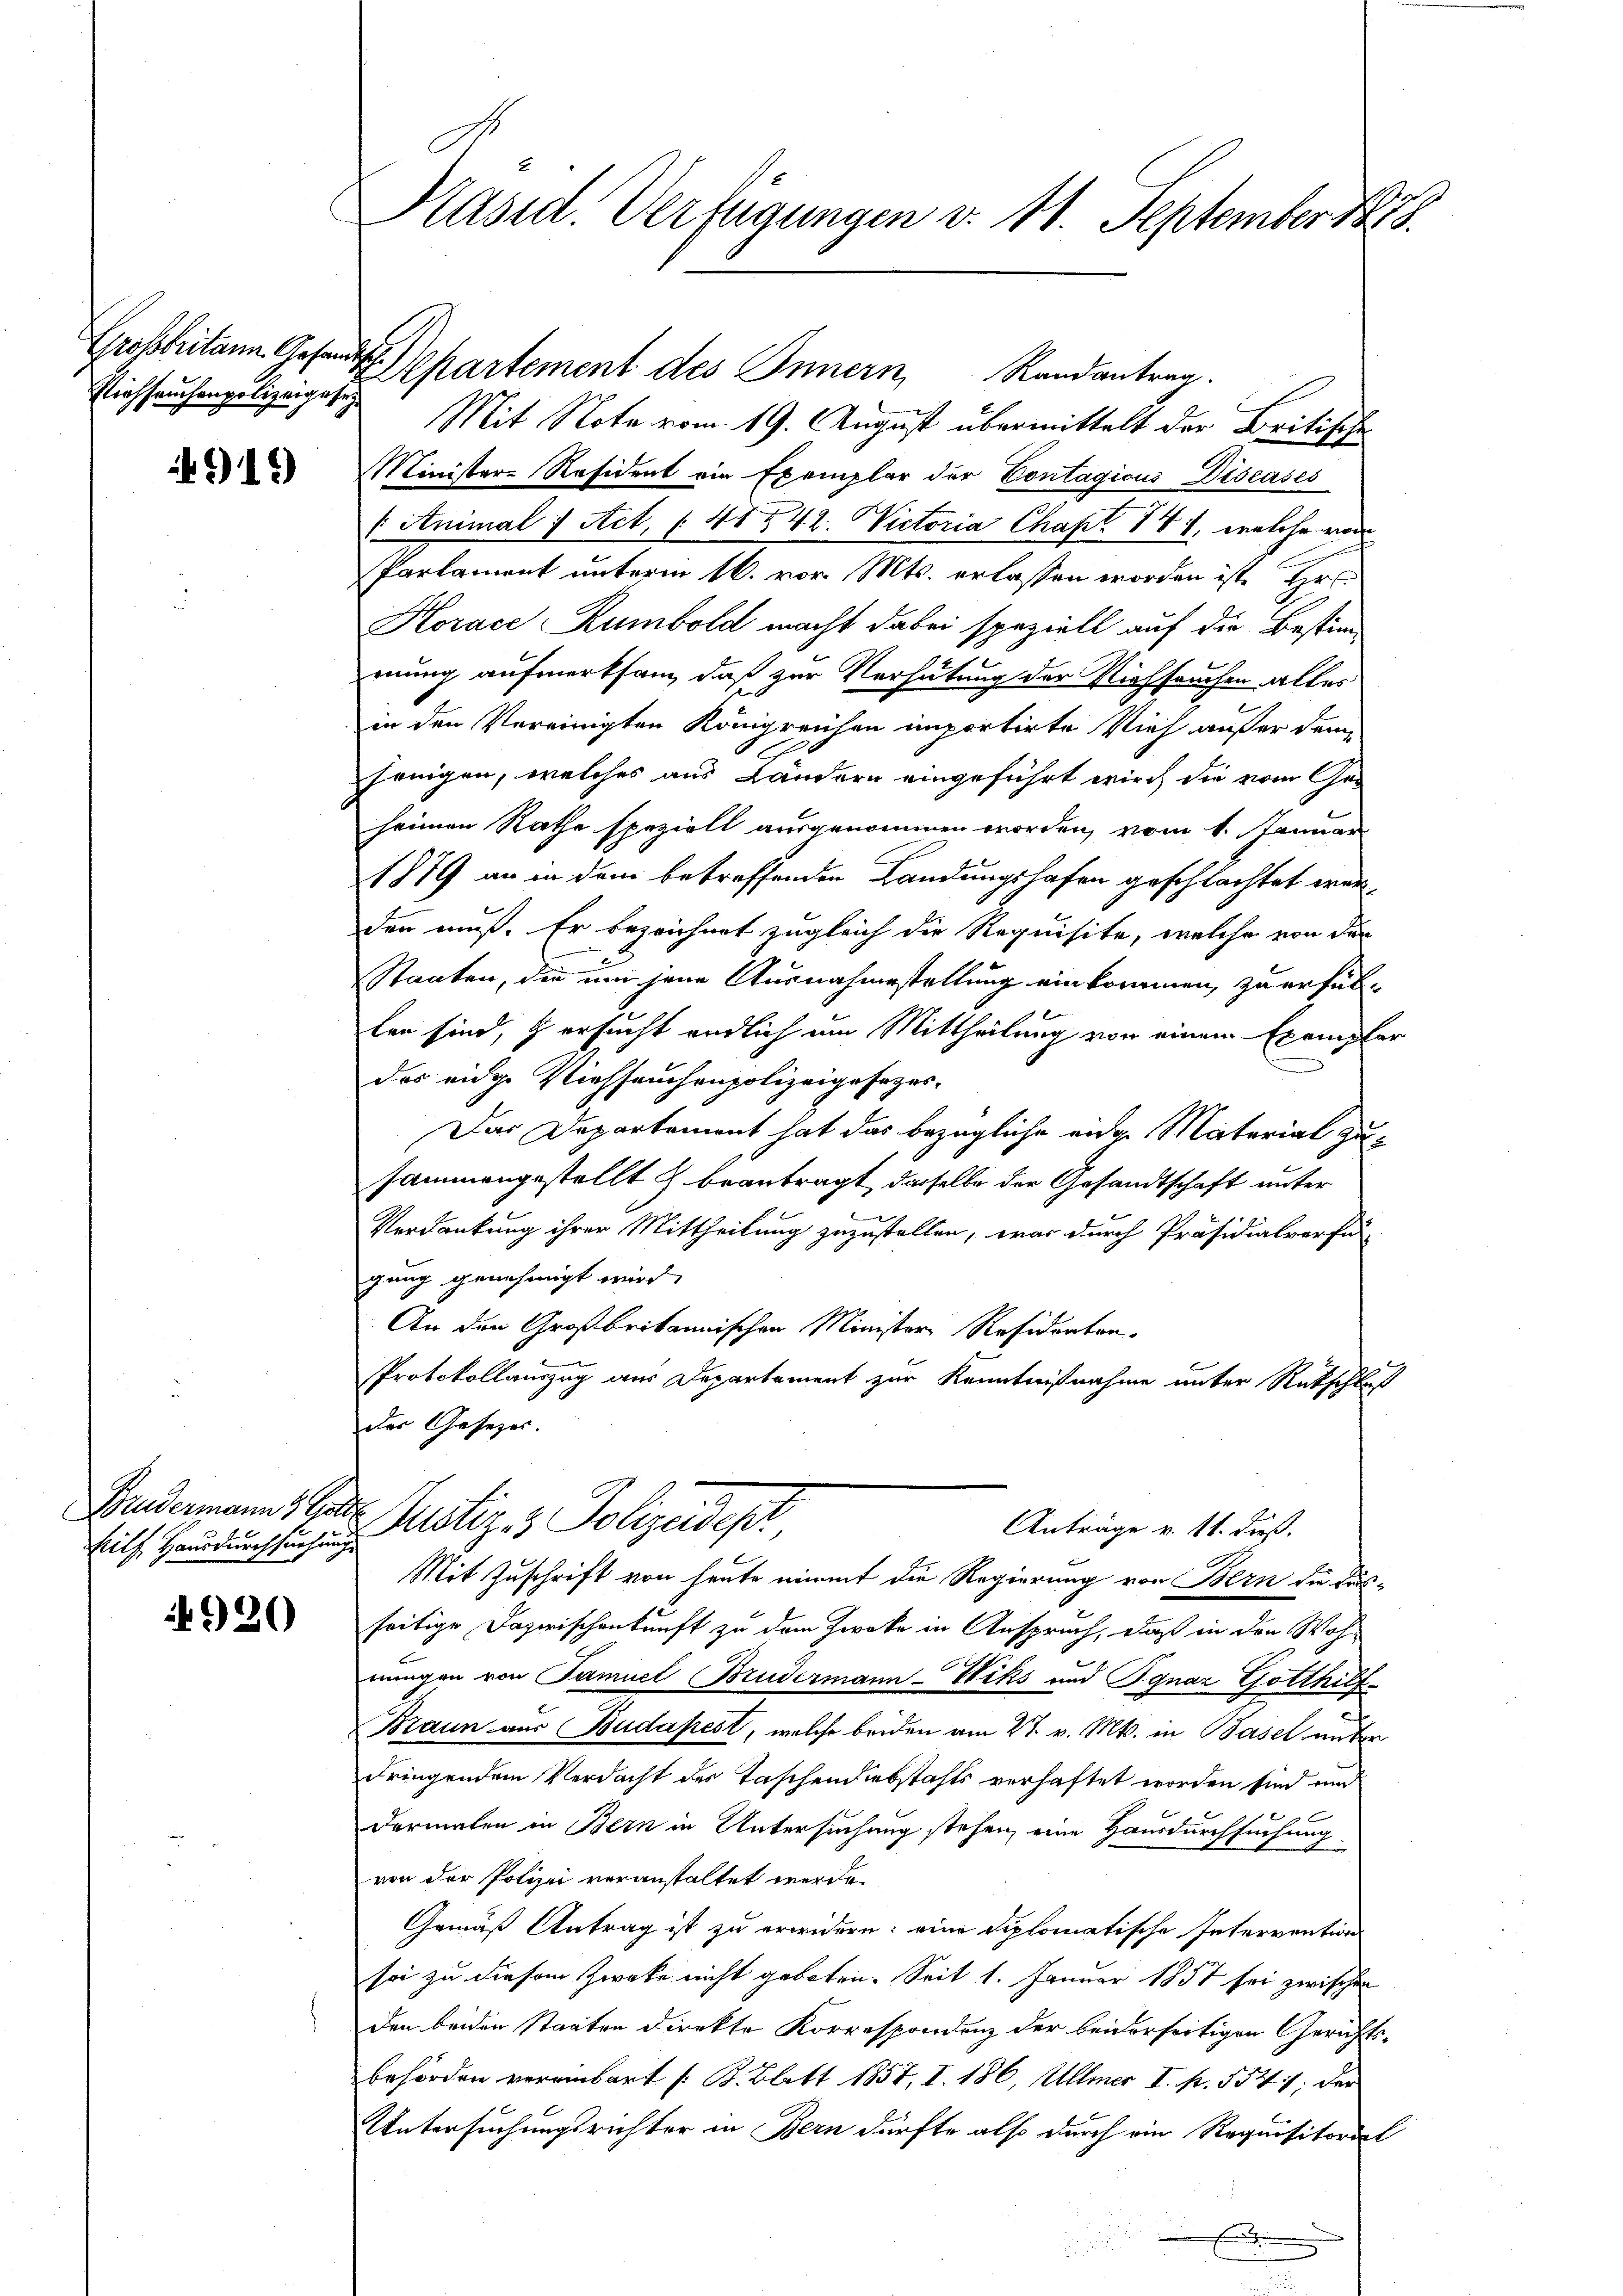
Prehseuchenpolizeigeset

919)

rith Hausdurchsuchung

4920

Präsid. Verfügungen v. 11. September 1878.

Mit Note vom 19. August übermittelt der Britische
Minister-Resident ein Exemplar der Contagions Discases
1 Animal 7 Act. § 41 n 42. Victoria Chapt. 141, welche von
Parlament unterm 16. vor. Mts. erlassen worden ist. Ers
Korace Rumbold macht dabei speziell auf die Bestimmung aufmerksam, daß zur Verhütung der Viehseuchen alles
in den Vereinigten Königreichen importirte Vieh außer dem
jenigen, welches aus Ländern eingeführt wird die vom Ge-
heimen Rathe speziell ausgenommen worden, vom 1. Januar
1879 an in dem betreffenden Landungshafen geschlachtet werden muß. Er bezeichnet zugleich die Requisite, welche von der
Staaten, die um jene Ausnahmestellung einkommen, zu erfülten sind, & ersucht endlich um Mittheilung von einem Exemple
des eidge Viehseuchenpolizeigesezes-
Das Departement hat das bezügliche ange Material zusammengestellt & beantragt, daselbe der Gesandtschaft unter
Verdankung ihrer Mittheilung zuzustellen, was durch Präsidialverfe
gung genehmigt wird,
An den Großbritannischen Minister Residenten.
Protokollauszug aus Departement zur Kenntnißnahme unter Rückschluß
der Gesezes.
Bundermann, Herr Justiz & Polizeidept
Anträge v. 11. dieß.
Mit Zuschrift von heute nimmt die Regierung von Bern die Aus-
seitige Dazwischenkunft zu dem Zwecke in Anspruch, daß in den Woh-
nungen von Samuel Brudermann-Wiks und Jgnaz Gotthilf
Braun aus Budapest, welche beiden am 27. v. Mts. in Basel unter
dringendem Verdacht des Taschendiebstahls verhaftet worden sind und
dermalen in Bern in Untersuchung stehen, eine Hausdurchsuchung
ven der Polizei veranstaltet werde.
Gemäß Antrag ist zu erwidern: eine diplomatische Intervention
soi zu diesem Zwecke nicht geboten. Seit 1. Januar 1857 sei zwischen
den beiden Staaten direkte Korrespondenz der beiderseitigen Gerichtsbehörden vereinbart (B. Blatt 1857, I. 186, Allmer I. fr. 554 ; der
Untersuchungsrichter in Bern dürfte also durch ein Requisitorit

Großbritane Gesandts Separtement des Innern, Randantrag.